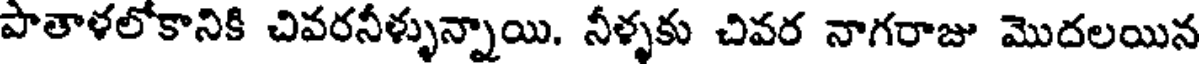
పాతాళలోకానికి చివరనీళ్ళున్నాయి. నీళ్ళకు చివర నాగరాజు మొదలయిన